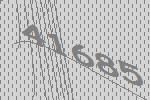
41685